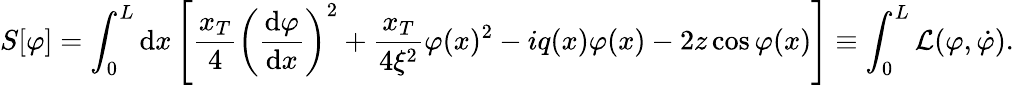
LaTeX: S[\varphi]=\int_{0}^{L}\mathrm{d}x\left[\frac{x_{T}}{4}\left(\frac{\mathrm{d}\varphi}{\mathrm{d}x}\right)^{2}+\frac{x_{T}}{4\xi^{2}}\varphi(x)^{2}-iq(x)\varphi(x)-2z\cos\varphi(x)\right]\equiv\int_{0}^{L}\mathcal{L}(\varphi,\dot{\varphi}).